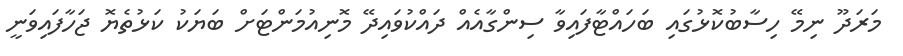
މަރަދޫ ނިމޭ ހިސާބުކޮޅުގައި ބަހައްޓާފައިވާ ސިންގާއެއް ދައްކުވައިދޭ މޮނިއުމަންޓަށް ބަޔަކު ކަޅުތެޔޮ ޖަހާފައިވަނީ